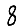
Digit: 8